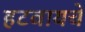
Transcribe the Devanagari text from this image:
हटवायचे